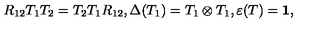
R _ { 1 2 } T _ { 1 } T _ { 2 } = T _ { 2 } T _ { 1 } R _ { 1 2 } , \Delta ( T _ { 1 } ) = T _ { 1 } \otimes T _ { 1 } , \varepsilon ( T ) = { \bf 1 } ,